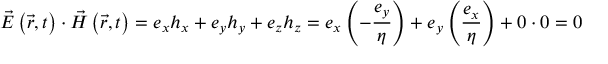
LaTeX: { \vec { E } } \left( { \vec { r } } , t \right) \cdot { \vec { H } } \left( { \vec { r } } , t \right) = e _ { x } h _ { x } + e _ { y } h _ { y } + e _ { z } h _ { z } = e _ { x } \left( - { \frac { e _ { y } } { \eta } } \right) + e _ { y } \left( { \frac { e _ { x } } { \eta } } \right) + 0 \cdot 0 = 0